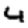
Digit: 4